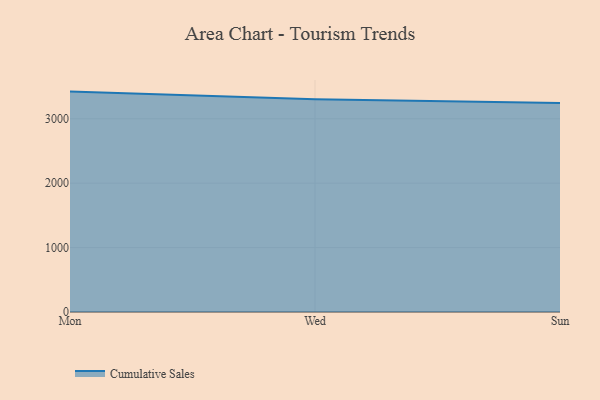
{"axis": {"x": "Day", "y": "Gross Profit (USD K)"}, "legend": ["Cumulative Sales"], "data": [{"x": "Mon", "y": 3421.4, "type": "Cumulative Sales"}, {"x": "Wed", "y": 3304.2, "type": "Cumulative Sales"}, {"x": "Sun", "y": 3246.1, "type": "Cumulative Sales"}]}